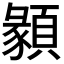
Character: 𩔂